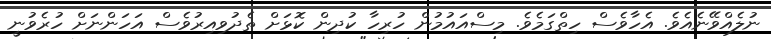
ނުލެއްވޭނެއެވެ. އެހާވެސް ހިތްގަމެވެ. މިސްއައުމުން ހުރިހާ ކުދިން ކޮޅަށް ތެދުވިއިރުވެސް އަހަންނަށް ހުރެވުނީ